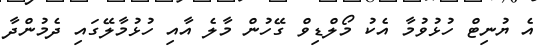
އެ ޔުނިޓް ހުޅުވުމާ އެކު މޯލްޑިވް ގޭހުން މާލެ އާއި ހުޅުމާލޭގައި ދެމުންދާ